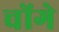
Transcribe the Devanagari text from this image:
चोंगे